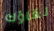
لقاؤك